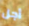
أجل